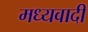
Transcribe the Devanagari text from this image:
मध्यवादी